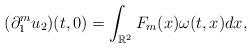
LaTeX: \begin{align*}(\partial_{1}^m u_2)(t,0) = \int_{\mathbb R^2} F_m(x) \omega(t,x)dx,\end{align*}